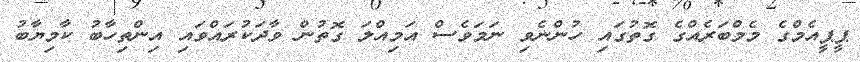
ޕީޕީއެމްގެ މެމްބަރެއްގެ ގޮތުގައި ހުންނެވި ނަމަވެސް އަމިއްލަ ގޮތުން ވާދަކުރައްވައި އިންތިހާބު ކާމިޔާބު